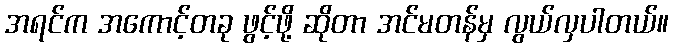
အရင်က အကောင့်တခု ဖွင့်ဖို့ ဆိုတာ အင်မတန်မှ လွယ်လှပါတယ်။